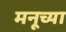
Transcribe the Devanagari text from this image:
मनूच्या